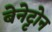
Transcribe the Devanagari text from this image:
बेनेट्टोन